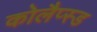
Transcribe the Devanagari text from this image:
कोलैप्स्ड